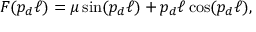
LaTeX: F ( p _ { d } \ell ) = \mu \sin ( p _ { d } \ell ) + p _ { d } \ell \cos ( p _ { d } \ell ) ,